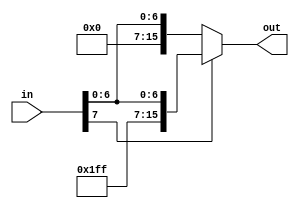
module sign_extend8_16(in, out);
input [7:0] in;
output [15:0] out;

assign out = in[7] ? {8'hFF,in} : {8'h00,in};

endmodule